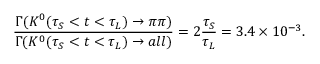
\frac { \Gamma ( K ^ { 0 } ( \tau _ { S } < t < \tau _ { L } ) \rightarrow \pi \pi ) } { \Gamma ( K ^ { 0 } ( \tau _ { S } < t < \tau _ { L } ) \rightarrow a l l ) } = 2 \frac { \tau _ { S } } { \tau _ { L } } = 3 . 4 \times 1 0 ^ { - 3 } .